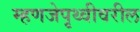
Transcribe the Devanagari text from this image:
म्हणजेपृथ्वीवरील